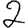
Digit: 2